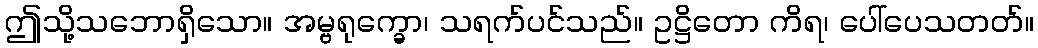
ဤသို့သဘောရှိသော။ အမ္ဗရုက္ခော၊ သရက်ပင်သည်။ ဥဋ္ဌိတော ကိရ၊ ပေါ်ပေသတတ်။